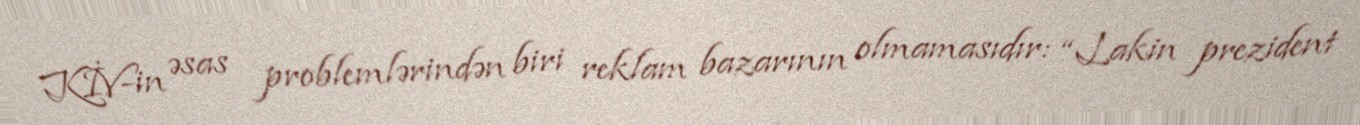
KİV-in əsas problemlərindən biri reklam bazarının olmamasıdır: “Lakin prezident